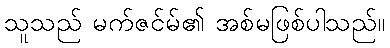
သူသည် မက်ဇင်မ်၏ အစ်မဖြစ်ပါသည်။